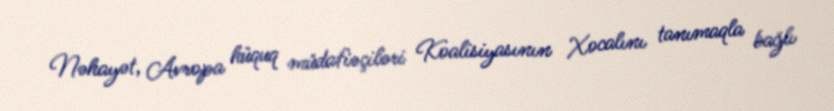
Nəhayət, Avropa hüquq müdafiəçiləri Koalisiyasının Xocalını tanımaqla bağlı